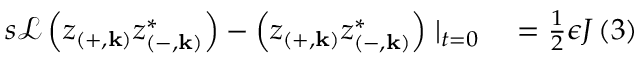
\begin{array} { r l } { s \mathcal { L } \left( z _ { \left( + , \mathbf { k } \right) } z _ { \left( - , \mathbf { k } \right) } ^ { * } \right) - \left( z _ { \left( + , \mathbf { k } \right) } z _ { \left( - , \mathbf { k } \right) } ^ { * } \right) \mid _ { t = 0 } } & { { } = \frac { 1 } { 2 } \epsilon J \left( 3 \right) } \end{array}